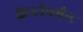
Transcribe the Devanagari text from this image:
कैन्टोनमैन्ट